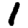
Digit: 1